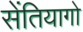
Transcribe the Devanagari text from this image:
सेंतियागो